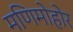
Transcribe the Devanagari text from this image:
मणिमोहोर